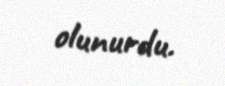
olunurdu.